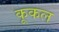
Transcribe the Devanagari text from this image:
कूकल